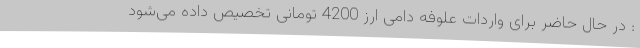
: در حال حاضر برای واردات علوفه دامی ارز 4200 تومانی تخصیص داده می‌شود